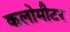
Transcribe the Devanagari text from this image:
कलोमीटर